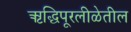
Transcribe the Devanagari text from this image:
ऋद्धिपूरलीळेतील